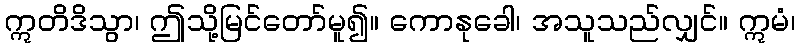
ဣတိဒိသွာ၊ ဤသို့မြင်တော်မူ၍။ ကောနုခေါ၊ အသူသည်လျှင်။ ဣမံ၊